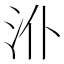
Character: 𱥸